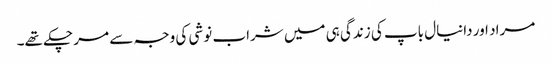
مراد اور دانیال باپ کی زندگی ہی میں شراب نوشی کی وجہ سے مر چکے تھے۔